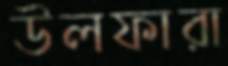
উলফারা